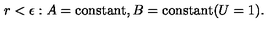
r < \epsilon : A = \mathrm { c o n s t a n t } , B = \mathrm { c o n s t a n t } ( U = 1 ) .